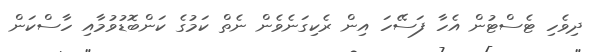
ދިވެހި ޓެސްޓުން އެހާ ފަސޭހަ އިން ރެކިގަނެވެން ނެތް ކަމުގެ ކަންބޮޑުވުމާއި ހާސްކަން